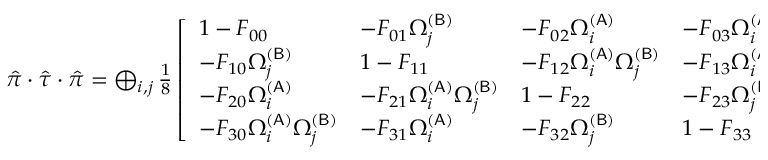
\begin{array} { r } { \hat { \pi } \cdot \hat { \tau } \cdot \hat { \pi } = \bigoplus _ { i , j } \frac { 1 } { 8 } \left[ \begin{array} { l l l l } { 1 - F _ { 0 0 } } & { - F _ { 0 1 } \Omega _ { j } ^ { ( \mathsf { B } ) } } & { - F _ { 0 2 } \Omega _ { i } ^ { ( \mathsf { A } ) } } & { - F _ { 0 3 } \Omega _ { i } ^ { ( \mathsf { A } ) } \Omega _ { j } ^ { ( \mathsf { B } ) } } \\ { - F _ { 1 0 } \Omega _ { j } ^ { ( \mathsf { B } ) } } & { 1 - F _ { 1 1 } } & { - F _ { 1 2 } \Omega _ { i } ^ { ( \mathsf { A } ) } \Omega _ { j } ^ { ( \mathsf { B } ) } } & { - F _ { 1 3 } \Omega _ { i } ^ { ( \mathsf { A } ) } } \\ { - F _ { 2 0 } \Omega _ { i } ^ { ( \mathsf { A } ) } } & { - F _ { 2 1 } \Omega _ { i } ^ { ( \mathsf { A } ) } \Omega _ { j } ^ { ( \mathsf { B } ) } } & { 1 - F _ { 2 2 } } & { - F _ { 2 3 } \Omega _ { j } ^ { ( \mathsf { B } ) } } \\ { - F _ { 3 0 } \Omega _ { i } ^ { ( \mathsf { A } ) } \Omega _ { j } ^ { ( \mathsf { B } ) } } & { - F _ { 3 1 } \Omega _ { i } ^ { ( \mathsf { A } ) } } & { - F _ { 3 2 } \Omega _ { j } ^ { ( \mathsf { B } ) } } & { 1 - F _ { 3 3 } } \end{array} \right] _ { i _ { 1 } j _ { 1 } } , } \end{array}